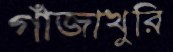
গাঁজাখুরি